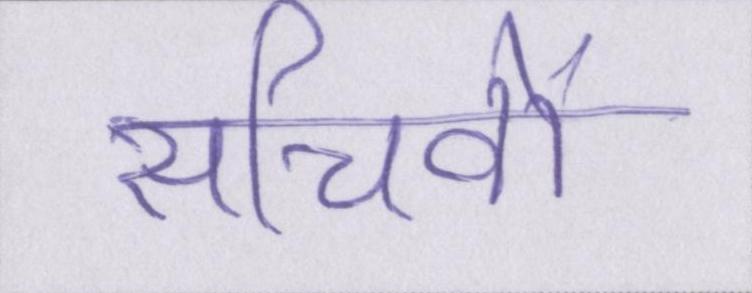
सचिवों